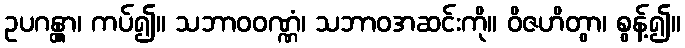
ဥပဂန္တွာ၊ ကပ်၍။ သဘာဝဝဏ္ဏံ၊ သဘာဝအဆင်းကို။ ဝိဇဟိတွာ၊ စွန့်၍။